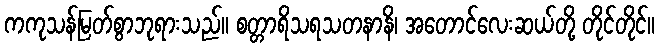
ကကုသန်မြတ်စွာဘုရားသည်။ စတ္တာရိသရသတနာနိ၊ အတောင်လေးဆယ်တို့ တိုင်တိုင်။